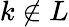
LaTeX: k\not\in L